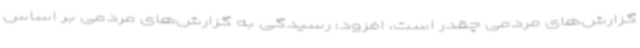
گزارش‌های مردمی چقدر است، افزود: رسیدگی به گزارش‌های مردمی بر اساس